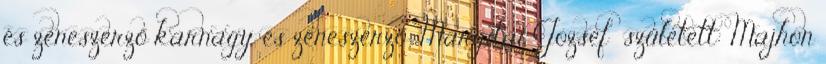
és zeneszerző karnagy és zeneszerző; Margitai József született: Majhon